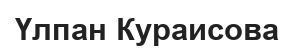
Үлпан Кураисова